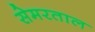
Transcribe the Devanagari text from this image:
सेमरताल